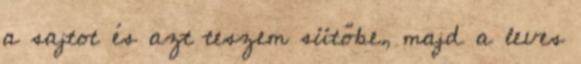
a sajtot és azt teszem sütőbe, majd a leves